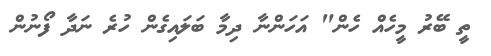
ތީ ބޭރު މީހެއް ހެން" އަހަންނާ ދިމާ ބަލައިގެން ހުރެ ނަދާ ފޯނުން